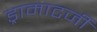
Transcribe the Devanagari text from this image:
ड्रामाटर्जी